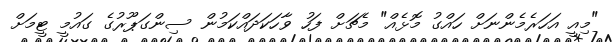
"މިއީ އަހަރެމެންނަށް ހައްގު މޮޅެއް" މެޗަށް ފަހު ވާހަކަދައްކަމުން ސިންގަޕޫރުގެ ގައުމީ ޓީމަށް